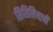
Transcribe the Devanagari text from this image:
सिसिलियाची